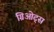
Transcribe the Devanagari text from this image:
ग्रिओट्स